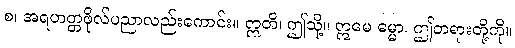
စ၊ အရဟတ္တဖိုလ်ပညာလည်းကောင်း။ ဣတိ၊ ဤသို့။ ဣမေ ဓမ္မာ၊ ဤတရားတို့ကို။